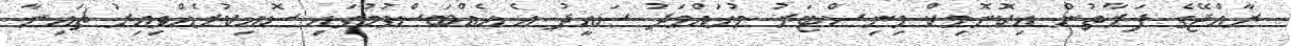
ރާއްޖޭގެ ފަރާތުން އިކޮނޮމިކް މިނިސްޓަރު މުހައްމަދު ސައީދު އެ އެއްބަސްވުމުގައި ސޮއިކުރެއްވިއިރު ޗައިނާ